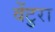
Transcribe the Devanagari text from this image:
वेंटुरा